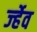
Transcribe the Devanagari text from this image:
र्ज्हेव